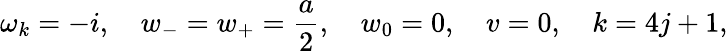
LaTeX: \omega_{k}=-i,\quad w_{-}=w_{+}=\frac a2,\quad w_{0}=0,\quad v=0,\quad k=4j+1,